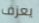
يعزف